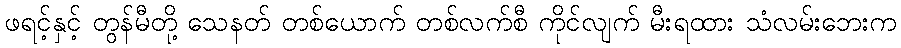
ဖရင့်နှင့် တွန်မီတို့ သေနတ် တစ်ယောက် တစ်လက်စီ ကိုင်လျက် မီးရထား သံလမ်းဘေးက